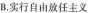
B.实行自由放任主义